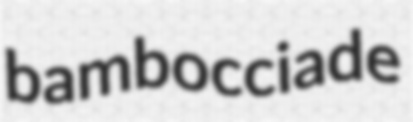
bambocciade